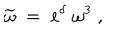
\widetilde { \omega } \; = \; e ^ { \delta } \; \omega ^ { 3 } \; ,